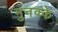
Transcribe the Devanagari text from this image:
मुनक्के